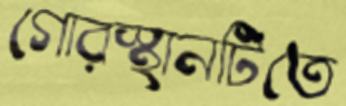
গোরস্থানটিতে